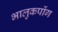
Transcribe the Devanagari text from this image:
भालुकपोंग